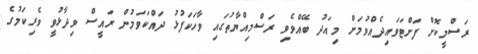
ރަސްމީކޮށް ފަށްޓަވައިދެއްވުމަށް މިއަދު ބޭއްވެވި ރަސްމިއްޔާތުގައި ވާހަކަފުޅު ދައްކަވަމުން ރައީސް ވިދާޅުވީ ވެރިކަމުގެ